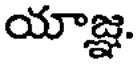
యాజ్ఞ.